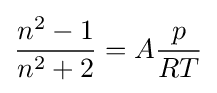
{\frac {n^{2}-1}{n^{2}+2}}=A{\frac {p}{RT}}